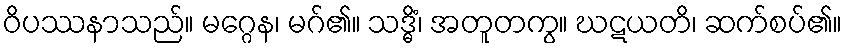
ဝိပဿနာသည်။ မဂ္ဂေန၊ မဂ်၏။ သဒ္ဓိံ၊ အတူတကွ။ ဃဋယတိ၊ ဆက်စပ်၏။